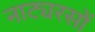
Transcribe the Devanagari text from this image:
नाट्यरसों